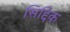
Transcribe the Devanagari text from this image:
सिद्दिक